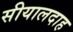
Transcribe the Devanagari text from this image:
सीयालदाह